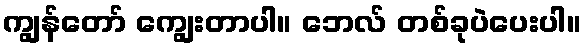
ကျွန်တော် ကျွေးတာပါ။ ဘေလ် တစ်ခုပဲပေးပါ။